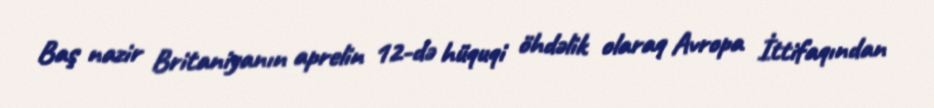
Baş nazir Britaniyanın aprelin 12-də hüquqi öhdəlik olaraq Avropa İttifaqından